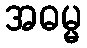
အဓမ္မ